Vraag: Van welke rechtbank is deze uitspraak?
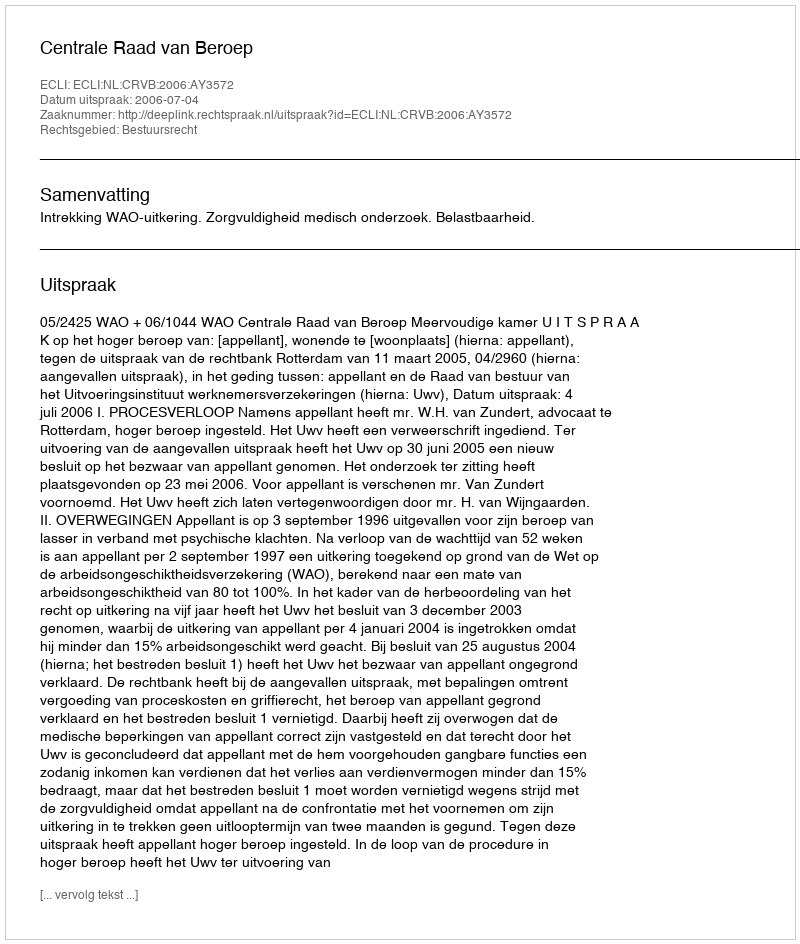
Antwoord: Centrale Raad van Beroep